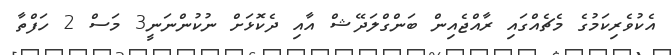
އެކުވެރިކަމުގެ މެޗެއްގައި ރާއްޖެއިން ބަންގްލަދޭޝް އާއި ދެކޮޅަށް ނުކުންނަނީ3 މަސް 2 ހަފްތާ